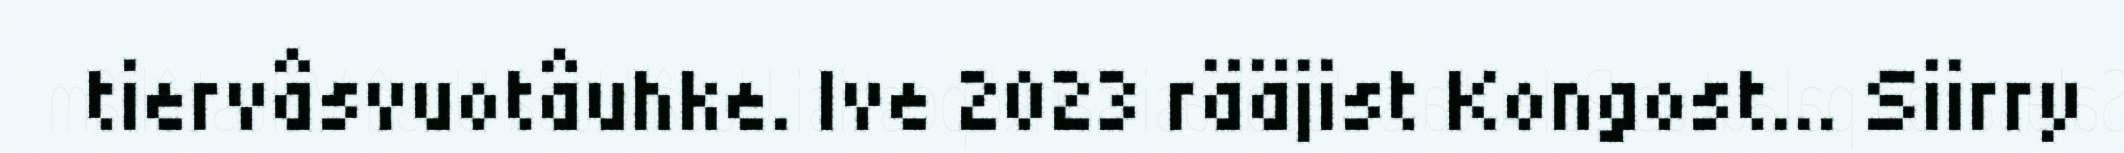
tiervâsvuotâuhke. Ive 2023 rääjist Kongost... Siirry